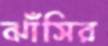
ঝাঁসির